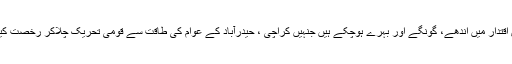
حکمران ہوس اقتدار میں اندھے، گونگے اور بہرے ہوچکے ہیں جنہیں کراچی ، حیدرآباد کے عوام کی طاقت سے قومی تحریک چلاکر رخصت کیا جاسکتا ہے۔